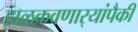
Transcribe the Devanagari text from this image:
झळकवणार्‍यांपैकी